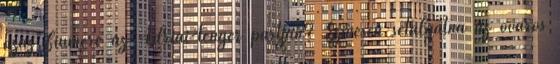
azaz Fiumére az Adriai-tenger partján? Szívesen sétálgatna az óváros